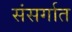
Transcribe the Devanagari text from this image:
संसर्गात